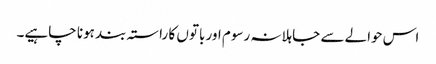
اس حوالے سے جاہلانہ رسوم اور باتوں کا راستہ بند ہونا چاہیے۔